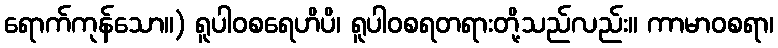
ရောက်ကုန်သော။) ရူပါဝစရေဟိပိ၊ ရူပါဝစရတရားတို့သည်လည်း။ ကာမာဝစရာ၊